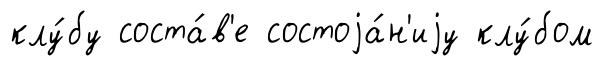
клу́бу соста́в'е состоjа́н'иjу клу́бом